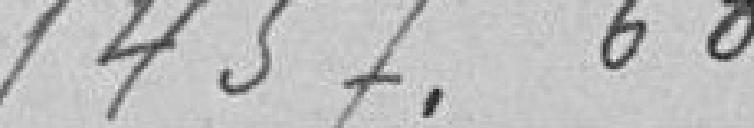
1457,60